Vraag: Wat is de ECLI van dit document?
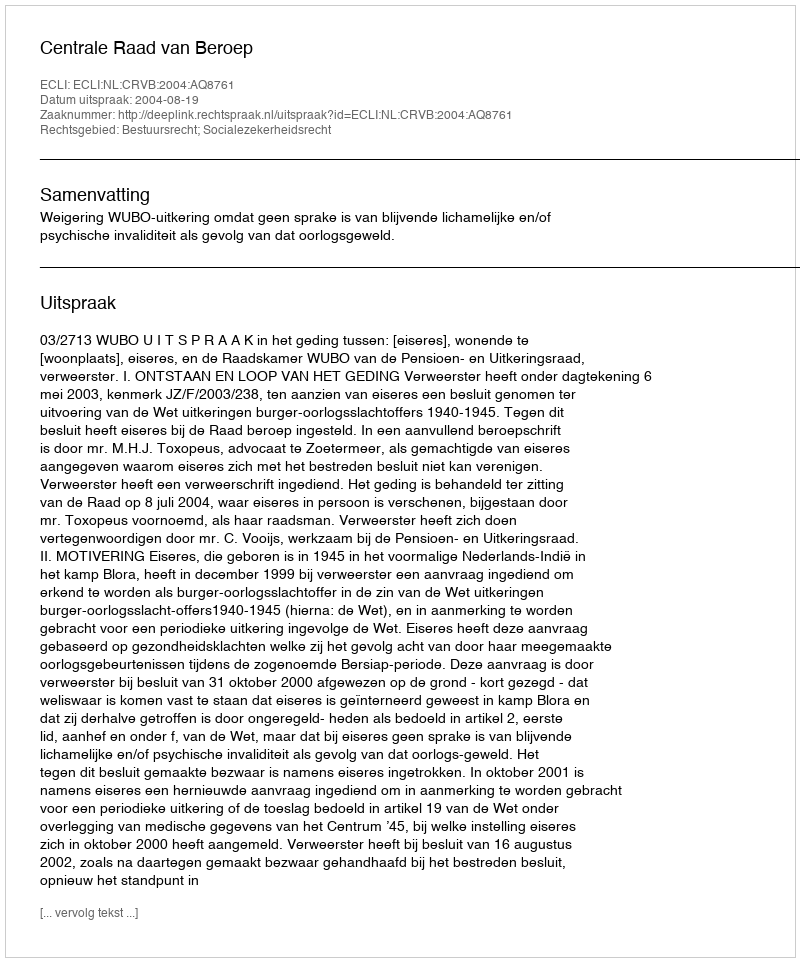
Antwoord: ECLI:NL:CRVB:2004:AQ8761